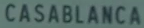
CASABLANCA